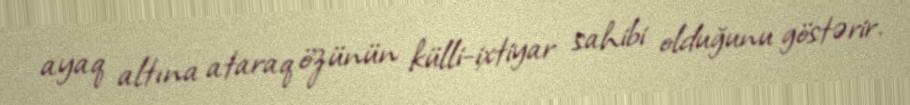
ayaq altına ataraq özünün külli-ixtiyar sahibi olduğunu göstərir.